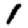
Digit: 1